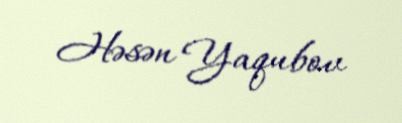
Həsən Yaqubov